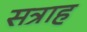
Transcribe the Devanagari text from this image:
सत्राह